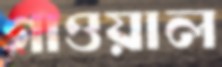
গাওয়াল